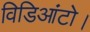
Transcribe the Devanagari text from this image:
विडिआंटो।